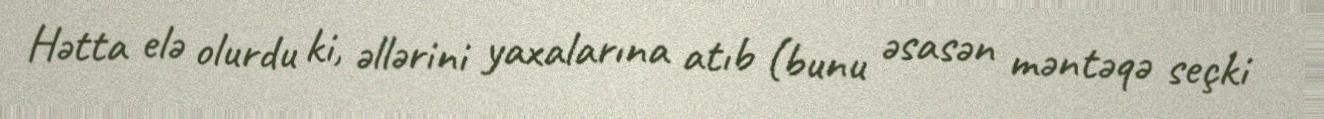
Hətta elə olurdu ki, əllərini yaxalarına atıb (bunu əsasən məntəqə seçki